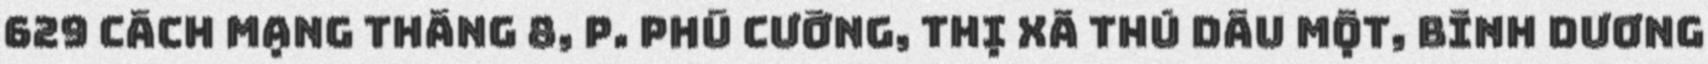
629 cách mạng tháng 8, p. phú cường, thị xã thủ dầu một, bình dương